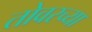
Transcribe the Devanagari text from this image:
तोवरच्या